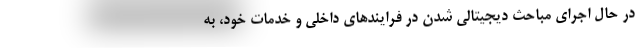
در حال اجرای مباحث دیجیتالی شدن در فرایندهای داخلی و خدمات خود، به